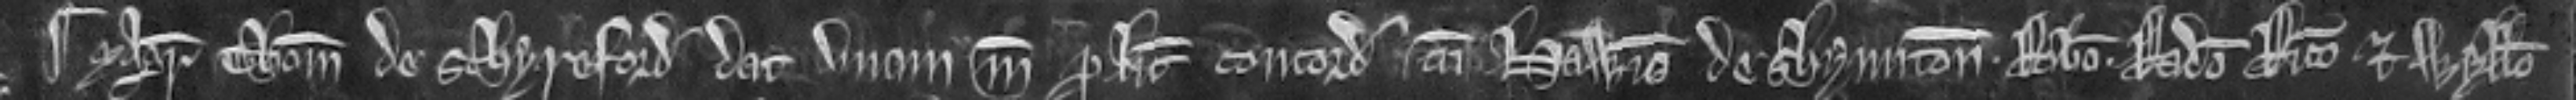
¶ Magister Thomas de Schyreford dat unam marcam pro licencia concordandi cum Hawisa de Shyrington. Roberto. Radulfo Ricardo. et Wyllelmo